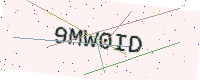
Text: 9MW0ID